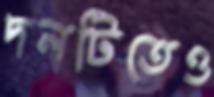
দলটিতেও